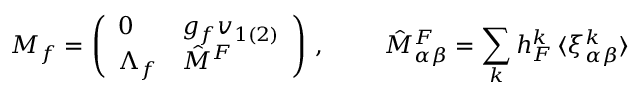
{ \cal M } _ { f } = \left( \begin{array} { l l } { { 0 } } & { { g _ { f } v _ { 1 ( 2 ) } } } \\ { { \Lambda _ { f } } } & { { \hat { M } ^ { F } } } \end{array} \right) \, , ~ ~ ~ ~ ~ ~ ~ \hat { M } _ { \alpha \beta } ^ { F } = \sum _ { k } h _ { F } ^ { k } \, \langle \xi _ { \alpha \beta } ^ { k } \rangle